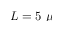
L = 5 \ \mu